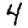
Digit: 4